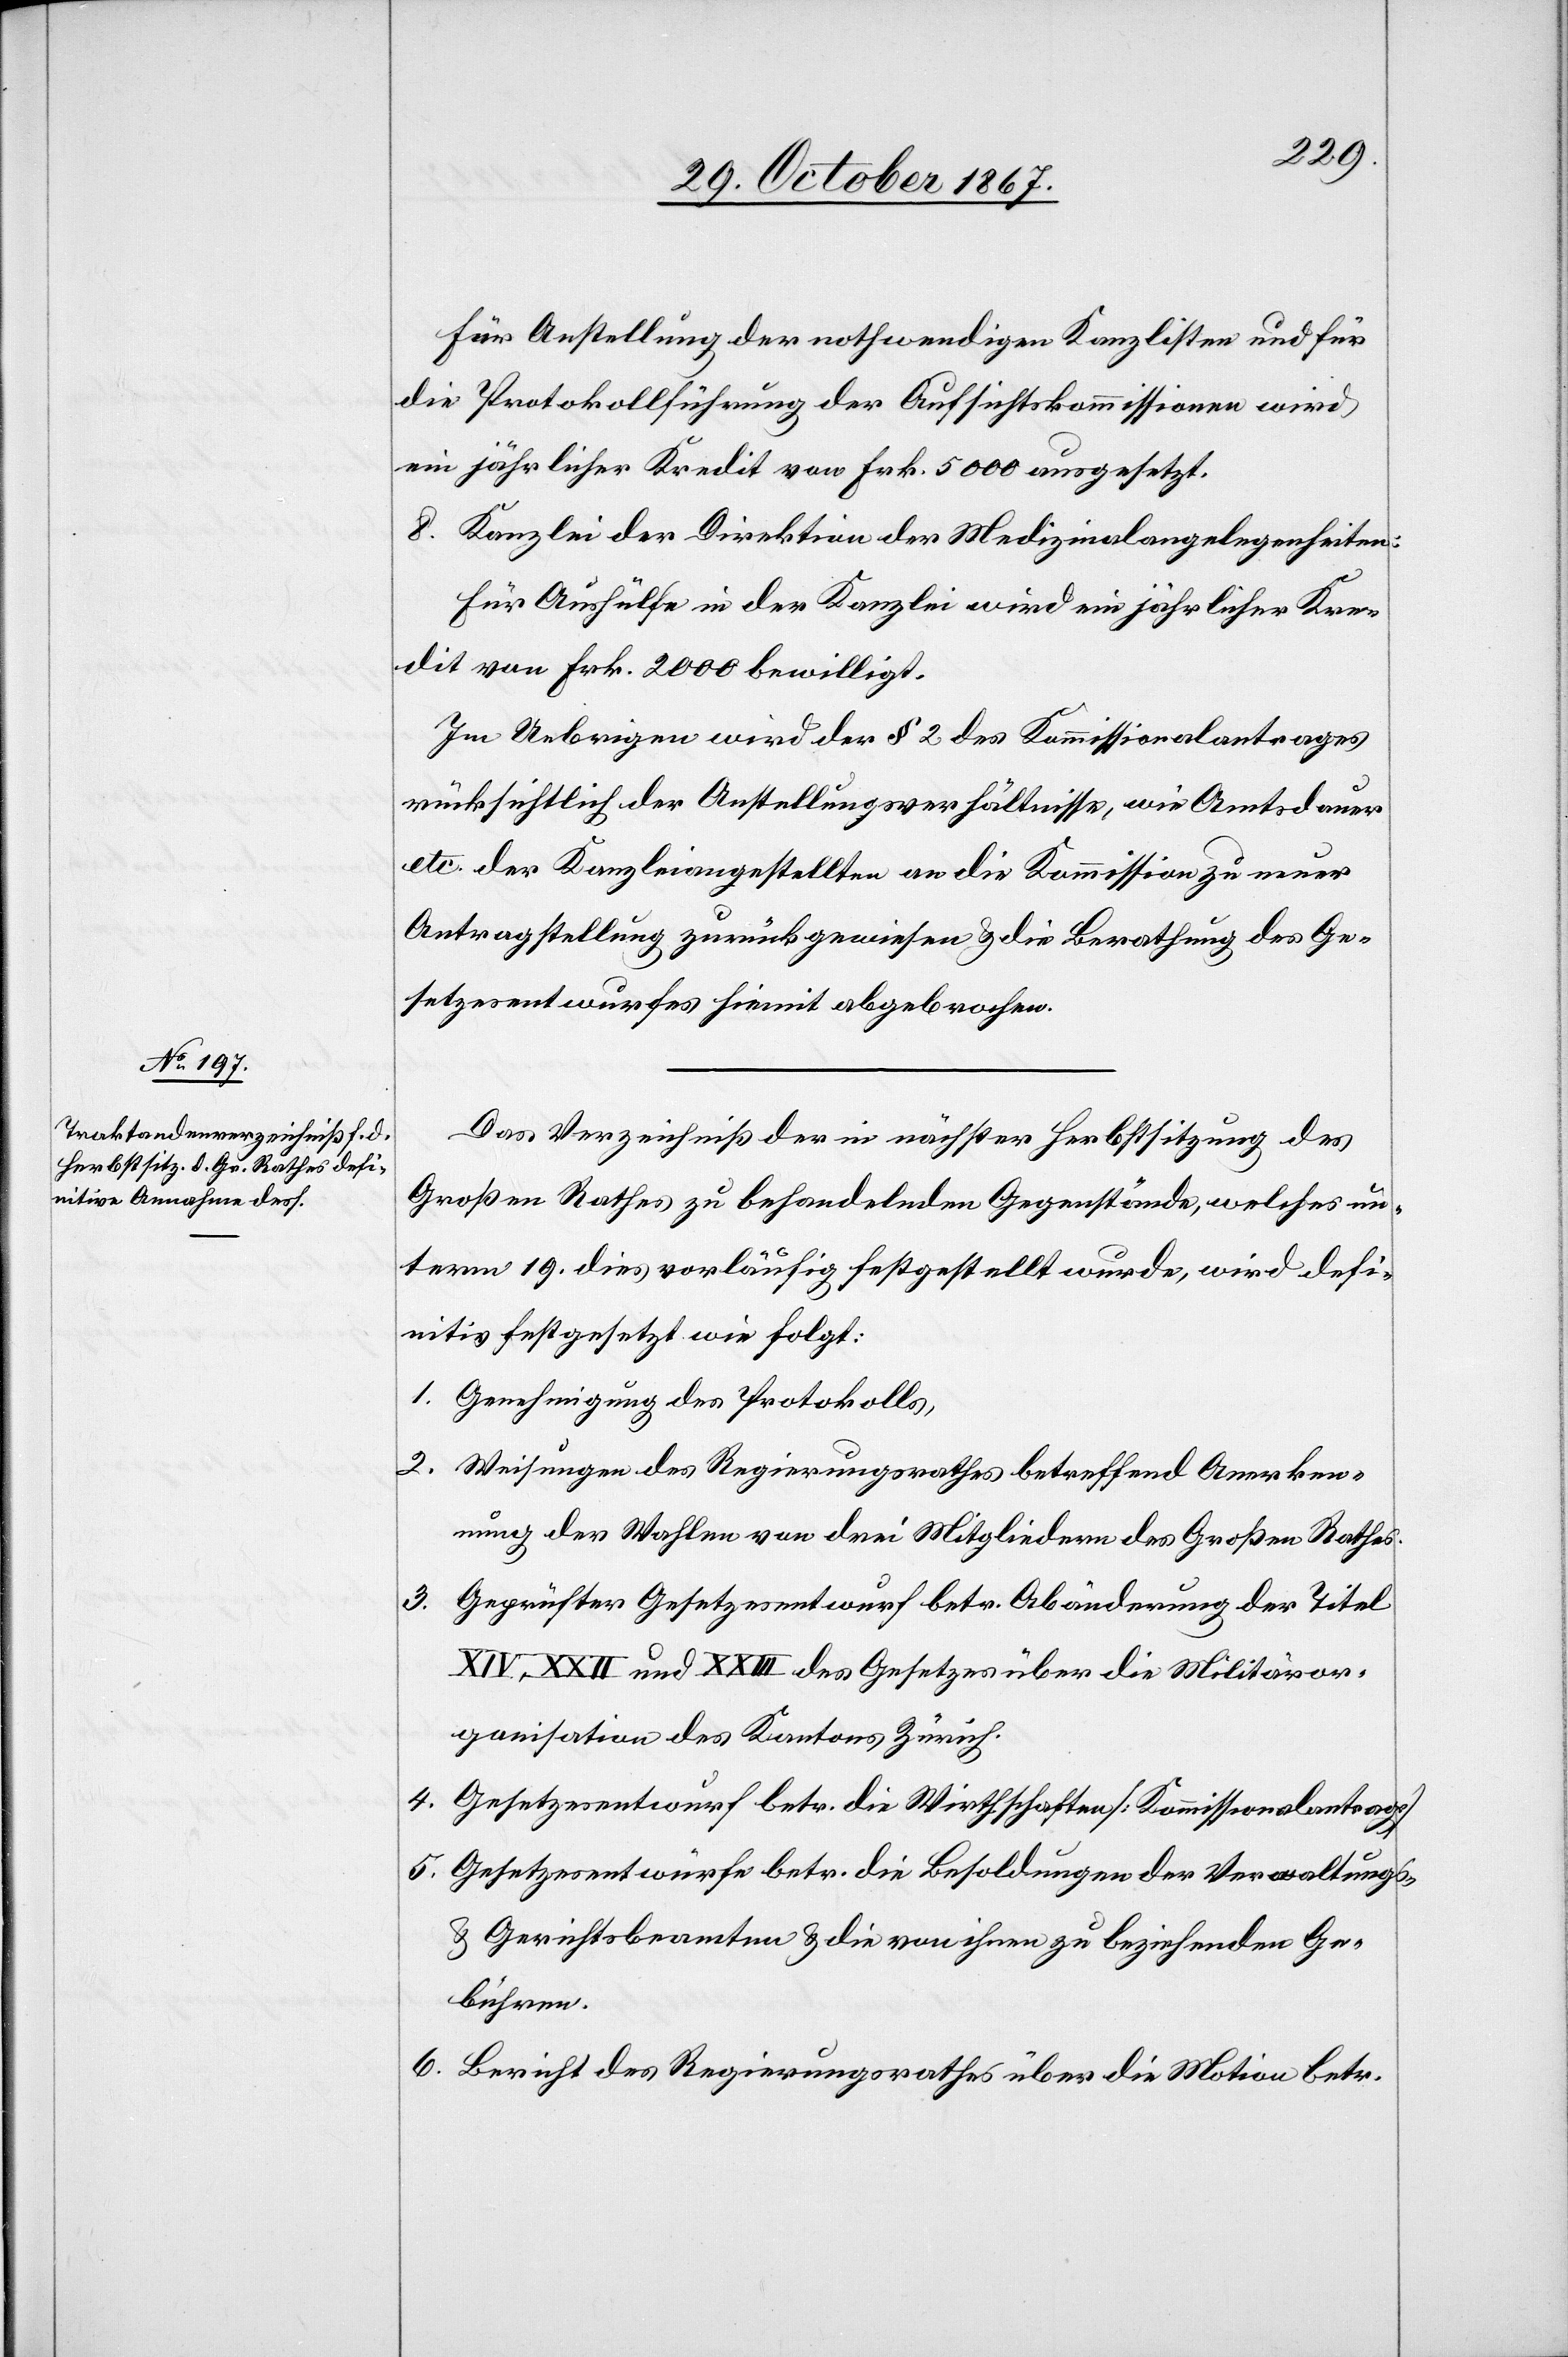
Für Anstellung der nothwendigen Kanzlisten und für
die Protokollführung der Aufsichtskommissionen wird
ein jährlicher Kredit von Frk. 5000 ausgesetzt.
8. Kanzlei der Direktion der Medizinalangelegenheiten:
Für Aushülfe in der Kanzlei wird ein jährlicher Kre¬
dit von Frk. 2000 bewilligt.
Im Uebrigen wird der § 2 des Kommissionalantrages
rücksichtlich der Anstellungsverhältnisse, wie Amtsdauer
etc. der Kanzleiangestellten an die Kommission zu neuer
Antragstellung zurückgewiesen u. die Berathung des Ge¬
setzesentwurfes hiemit abgebrochen.
Das Verzeichniß der in nächster Herbstsitzung des
Großen Rathes zu behandelnden Gegenstände, welches un¬
term 19. dies vorläufig festgestellt wurde, wird defi¬
nitiv festgesetzt wie folgt:
1. Genehmigung des Protokolls,
2. Weisungen des Regierungsrathes betreffend Anerken¬
nung der Wahlen von drei Mitgliedern des Großen Rathes.
3. Geprüfter Gesetzesentwurf betr. Abänderungen der Titel
XXII und XXIII des Gesetzes über die Militäror¬
ganisation des Kantons Zürich.
4. Gesetzesentwurf betr. die Wirthschaften [Kommissionalantrag]
5. Gesetzesentwürfe betr. die Besoldungen der Verwaltungs-
u. Gerichtsbeamten u. die von ihnen zu beziehenden Ge¬
bühren.
6. Bericht des Regierungsrathes über die Motion betr.